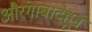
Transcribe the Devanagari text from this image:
औरंगाबादेहून